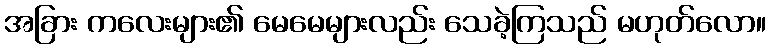
အခြား ကလေးများ၏ မေမေများလည်း သေခဲ့ကြသည် မဟုတ်လော။